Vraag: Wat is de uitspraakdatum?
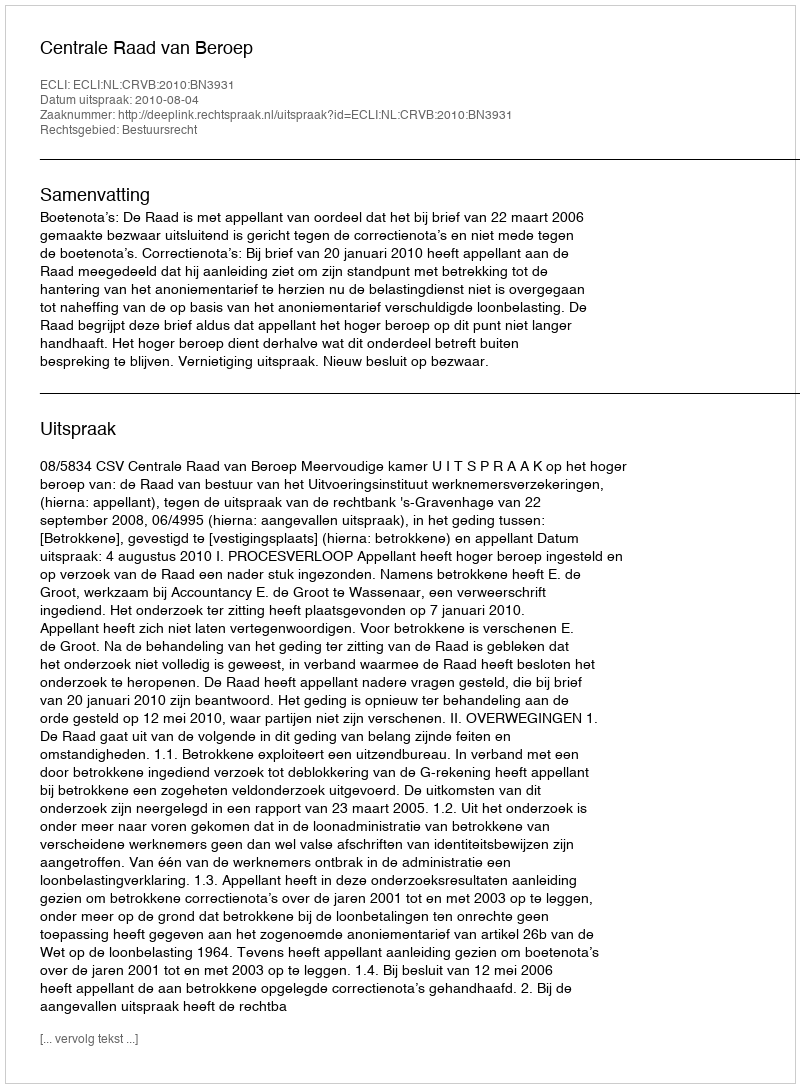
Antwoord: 2010-08-04